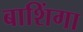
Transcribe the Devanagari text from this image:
बाशिंगा